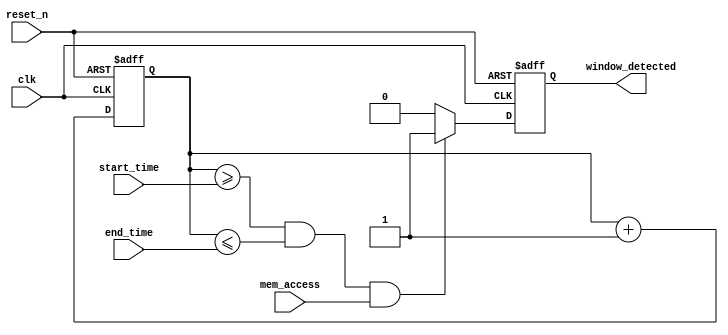
module MemoryBlocksTimeWindowDetector (
    input wire clk,                  // Clock input
    input wire reset_n,              // Asynchronous active-low reset
    input wire mem_access,           // Memory access signal (read/write)
    input wire [31:0] start_time,    // Start time of the window
    input wire [31:0] end_time,      // End time of the window
    output reg window_detected        // Output signal indicating detection
);

    reg [31:0] time_counter;          // Time counter
    
    // Asynchronous reset and time counter increment
    always @(posedge clk or negedge reset_n) begin
        if (!reset_n) begin
            time_counter <= 32'b0;     // Reset time counter
            window_detected <= 1'b0;   // Reset detection signal
        end else begin
            time_counter <= time_counter + 1; // Increment time counter
            
            // Check if the current time is within the defined time window
            if (time_counter >= start_time && time_counter <= end_time && mem_access) begin
                window_detected <= 1'b1; // Assert detection signal
            end else begin
                window_detected <= 1'b0;  // Deassert detection signal
            end
        end
    end

endmodule